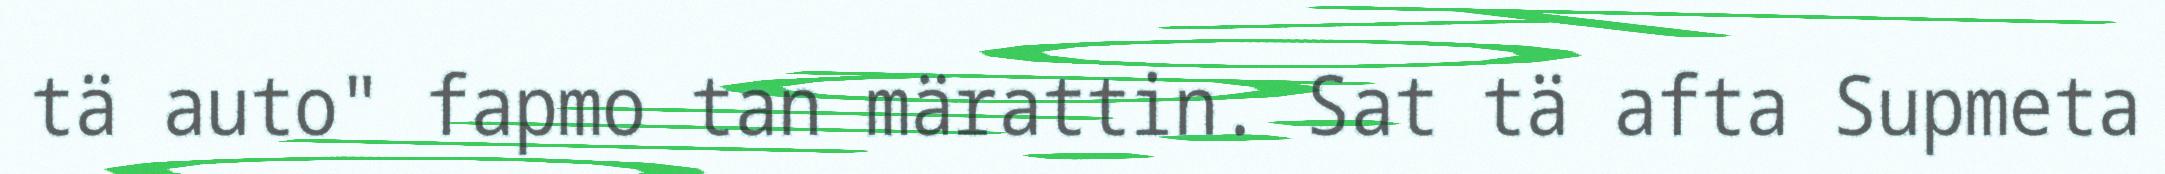
tä auto" fapmo tan märattin. Sat tä afta Supmeta